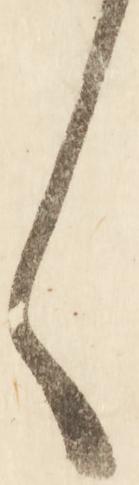
く